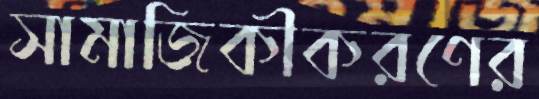
সামাজিকীকরণের